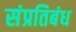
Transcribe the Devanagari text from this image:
संप्रतिबंध